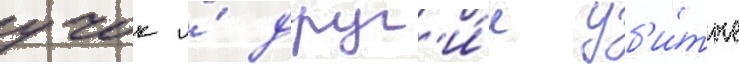
учок и́ друг'и́е уб'и́тые